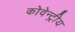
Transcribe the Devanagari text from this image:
कोवेन्ट्रीय